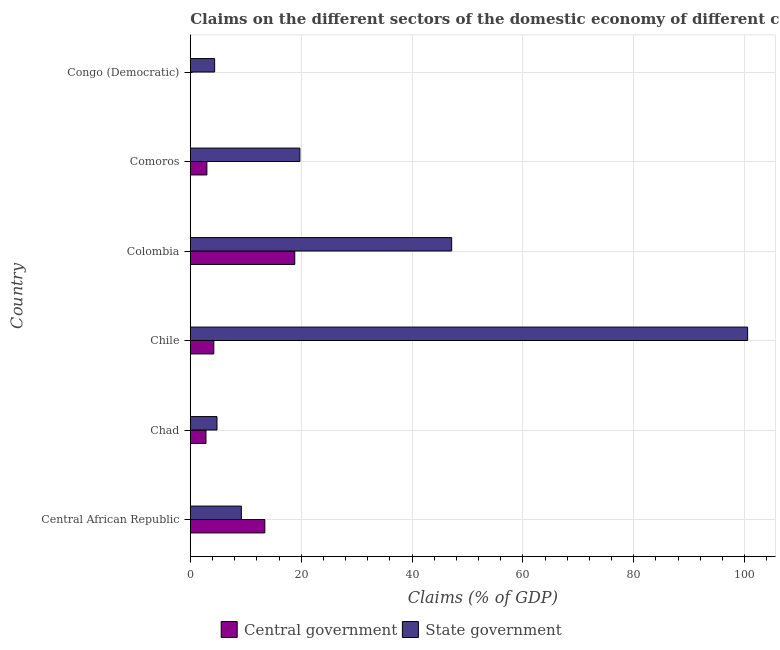
| Country | Central government | State government |
 | --- | --- | --- |
 | Central African Republic | 13.4 | 9.21 |
 | Chad | 2.83 | 4.81 |
 | Chile | 4.24 | 101 |
 | Colombia | 18.8 | 47.1 |
 | Comoros | 2.99 | 19.8 |
 | Congo (Democratic) | -3.54 | 4.39 |